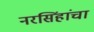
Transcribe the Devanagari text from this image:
नरसिंहांचा